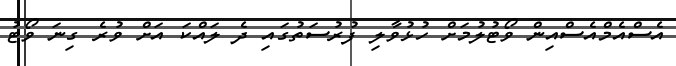
އެސްއެމްއެސްއިން ވޯޓުލުމަށް ހުޅުވާލި ފުރުސަތުގައި ދެ ލައްކަ އަށް ވުރެ ގިނަ ވޯޓު